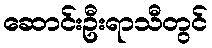
ဆောင်းဦးရာသီတွင်